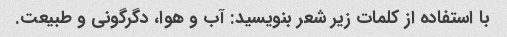
با استفاده از کلمات زیر شعر بنویسید: آب و هوا، دگرگونی و طبیعت.